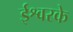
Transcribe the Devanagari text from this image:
ईश्वरके